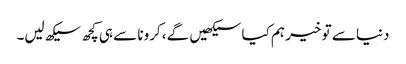
دنیا سے تو خیر ہم کیا سیکھیں گے، کرونا سے ہی کچھ سیکھ لیں۔